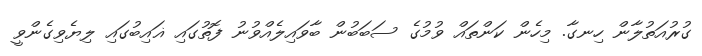
ގުރުއަތުލާން ހިނގާ. މިހެން ކަންތައް ވުމުގެ ސަބަބުން ބާވައިލެއްވުނު ފޮތުގައި ޣައިބުގައި ލިޔެވިގެންވީ